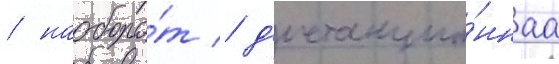
/ наоборо́т / д'истанцио́ннаа